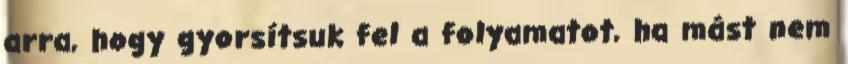
arra, hogy gyorsítsuk fel a folyamatot, ha mást nem